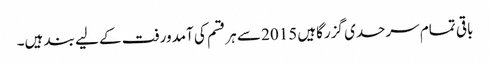
باقی تمام سرحدی گزرگاہیں 2015 سے ہر قسم کی آمدورفت کے لیے بند ہیں۔